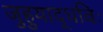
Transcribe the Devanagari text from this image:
जुहुयाद्धविः